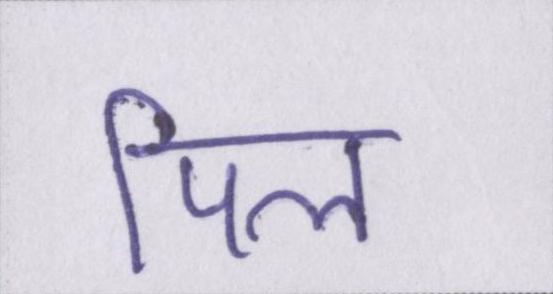
पिल